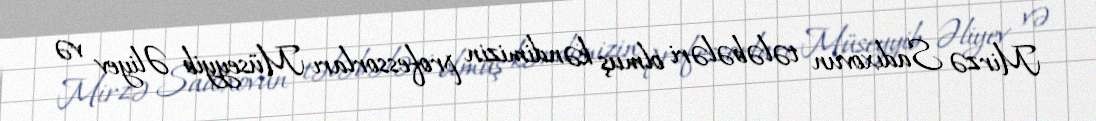
Mirzə Sadıxovun tələbələri olmuş kəndimizin professorları Müseyyib Əliyev və